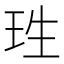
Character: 珄